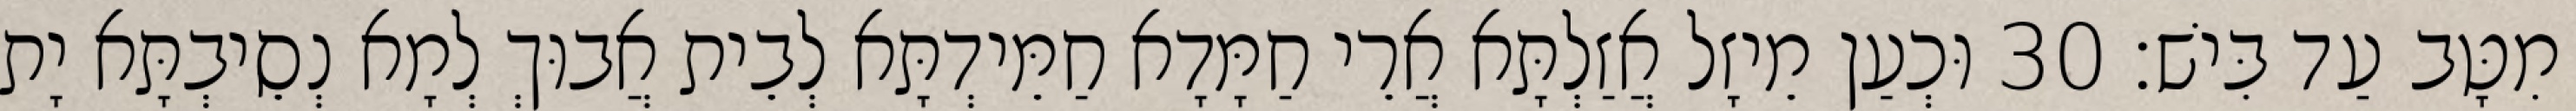
מִטָּב עַד בִּישׁ׃ 30 וּכְעַן מֵיזָל אֲזַלְתָּא אֲרֵי חַמָּדָא חַמֵּידְתָּא לְבֵית אֲבוּךְ לְמָא נְסֵיבְתָּא יָת